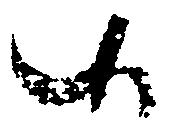
候